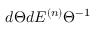
\l { d \Theta \o d \l } E ^ { ( n ) } { \Theta } ^ { - 1 }